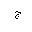
Letter: _gim